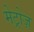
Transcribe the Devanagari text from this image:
मेट्रोज़